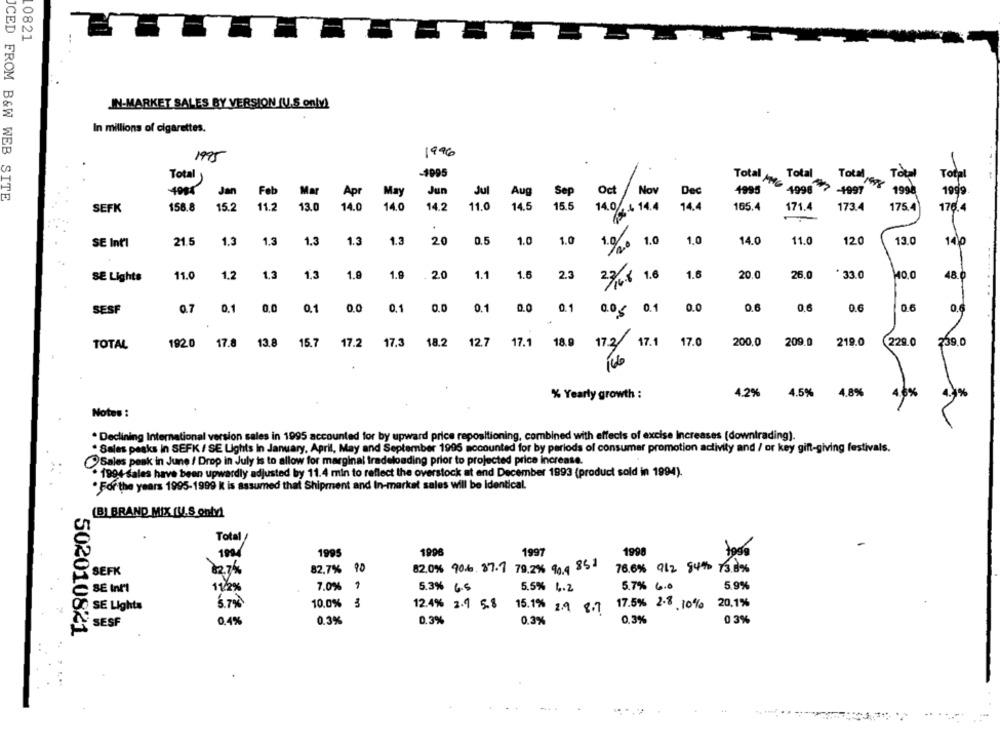
10821
IN-MARKET SALES BY VERSION (U.S only!
In millions of cigarettes.
1995
1996
.
Total
Total
Total
-1995
Total
Total
Total MG
199
ICED FROM B&W WEB SITE
Jan
Feb
Mar
Jun
Aug
Sep
Oct
Nov
Dec
4995
4998
-1997
1999
Apr
May
Jul
SEFK
158.8
15.2
11.2
13.0
14.0
14.0
14.2
11.0
14.5
15.5
14.0%
4 14.4
14.
165.4
171.4
173.4
175.
1764
21.5
0.5
14.0
11.0
120
13.0
SE Int'l
1.3
1.3
1.3
1.3
1.3
20
1.0
1.0
1.%20 1.0
1.0
140
SE Lights
11.0
1.2
1,3
1,3
1.8
1.9
.20
1.1
1.6
2.3
1.6
20.0
26.0
* 33.0
48.0
23/48 1.6
0.7
0.1
0.0
0.6
0.6
0.6
SESF
0,0
0.1
0.0
0.1
0.0
0.1
0.1
0.0,5 0.1
0.0
0.6
TOTAL
1920
17.8
13.8
15.7
17.2
17.3
18.2
12.7
17.1
18.9
17.2 17.1 17.0
200.0
209.0
219.0
229.0
239.0
% Yearly growth :
4.2% 4.5%
4.8%
4.6%
Notes :
* Declining International version sales in 1995 accounted for by upward price repositioning, combined with effects of excise Increases (downtrading).
* Sales peaks in SEFK / SE Lights In January, April, May and September 1995 accounted for by periods of consumer promotion activity and / or key gift-giving festivals.
Sales peak in June / Drop in July is to allow for marginal tradeloading prior to projected price increase.
. 1994 sales have been upwardly adjusted by 11.4 min to reflect the overstock at end December 1993 (product sold in 1994).
For the years 1995-1999 K is assumed that Shipment and In-market sales will be identical.
(B) BRAND MIX (U.S only!
Total
1995
1990
1997
1998
toss
82.7%
90
82.0% 90%. 87.7 79.2% 90.4 851
76.6% 912 84% 13.8%
SEFK
-
5.7% 6.0
5.9%
SE Int'l
11/2%
7.0%
5.3% 6.5
5.5% 4.2
SE Lights
6.7%
10.0%
12.4% 2.9 5.8
17.5% 2.8 . 10% 20.1%
15.1% 2.9 8. 7
SESF
0.4%
0.3%
0.3%
0.3%
0,3%
0 3%
502010821